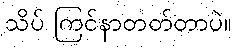
သိပ် ကြင်နာတတ်တာပဲ။